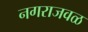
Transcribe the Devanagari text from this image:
नगराजवळ